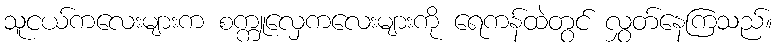
သူငယ်ကလေးများက စက္ကူလှေကလေးများကို ရေကန်ထဲတွင် လွှတ်နေကြသည်။